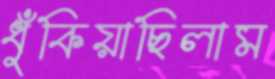
ধুঁকিয়াছিলাম